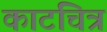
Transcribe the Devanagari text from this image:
काटचित्र